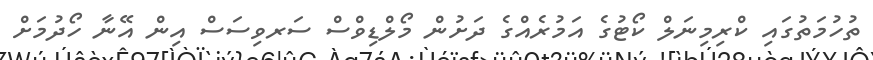
ތުހުމަތުގައި ކްރިމިނަލް ކޯޓުގެ އަމުރެއްގެ ދަށުން މޯލްޑިވްސް ސަރވިސަސް އިން އޭނާ ހޯދުމަށް